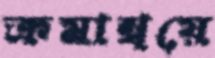
ক্রমান্বয়ে